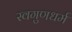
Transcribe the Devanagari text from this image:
स्वगुणधर्म